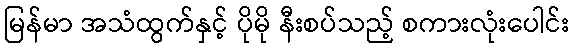
မြန်မာ အသံထွက်နှင့် ပိုမို နီးစပ်သည့် စကားလုံးပေါင်း